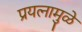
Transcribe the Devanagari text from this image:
प्रयत्‍नामुळे